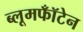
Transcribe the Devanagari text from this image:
ब्लूमफॉँटेन